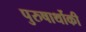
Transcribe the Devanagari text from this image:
पुरुषार्थोकी